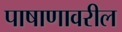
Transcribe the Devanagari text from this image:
पाषाणावरील